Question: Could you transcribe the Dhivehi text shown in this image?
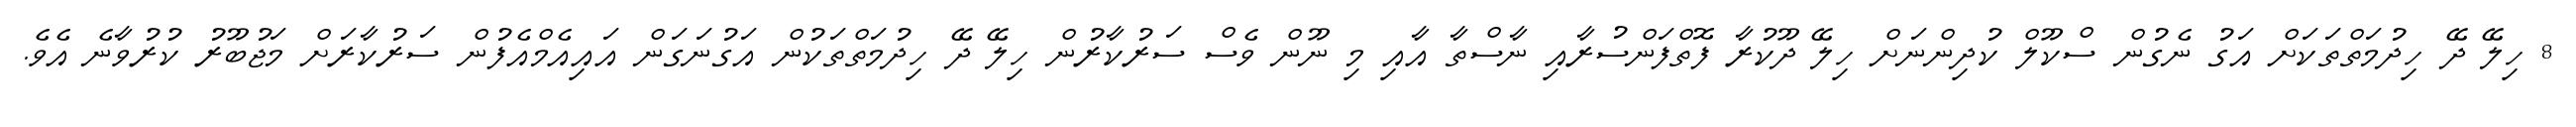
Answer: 8 ހިލޭ ދޭ ހިދުމަތްތަކަށް އަގު ނެގުން ސްކޫލް ކުދިންނަށް ހިލޭ ދޫކުރާ ފޮތްފަންސުރާއި ނާސްތާ އާއި މި ނޫން ވެސް ސަރުކާރުން ހިލޭ ދޭ ހިދުމަތްތަކުން އަގުނަގަން އައިއެމްއެފުން ސަރުކާރަށް މަޖުބޫރު ކުރުވާނެ އެވެ.